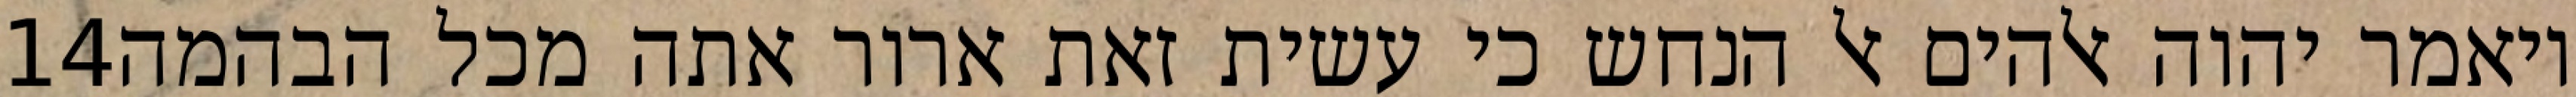
‎14‏ ויאמר יהוה אלהים אל הנחש כי עשית זאת ארור אתה מכל הבהמה